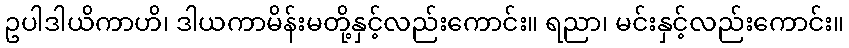
ဥပါဒါယိကာဟိ၊ ဒါယကာမိန်းမတို့နှင့်လည်းကောင်း။ ရညာ၊ မင်းနှင့်လည်းကောင်း။